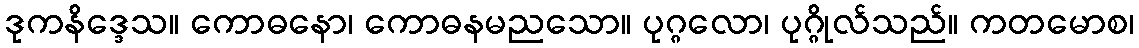
ဒုကနိဒ္ဒေသ။ ကောဓနော၊ ကောဓနမညသော။ ပုဂ္ဂလော၊ ပုဂ္ဂိုလ်သည်။ ကတမောစ၊